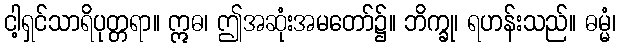
ငါ့ရှင်သာရိပုတ္တရာ။ ဣဓ၊ ဤအဆုံးအမတော်၌။ ဘိက္ခု၊ ရဟန်းသည်။ ဓမ္မံ၊